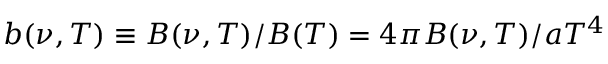
b ( \nu , T ) \equiv B ( \nu , T ) / B ( T ) = 4 \pi B ( \nu , T ) / a T ^ { 4 }